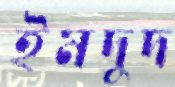
ইমদুদ